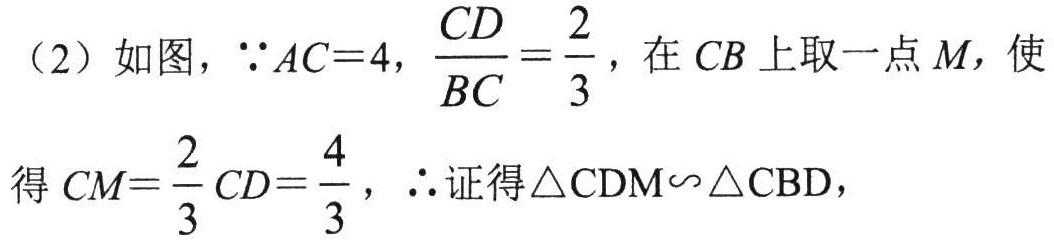
（2）如图，$\because AC = 4$，$\dfrac{CD}{BC}=\dfrac{2}{3}$，在$CB$上取一点$M$，使
得$CM = \dfrac{2}{3}CD=\dfrac{4}{3}$，$\therefore$证得$\triangle CDM\backsim\triangle CBD$，